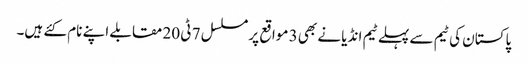
پاکستان کی ٹیم سے پہلے ٹیم انڈیا نے بھی 3 مواقع پر مسلسل 7 ٹی 20 مقابلے اپنے نام کئے ہیں۔